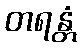
တရန္တံ